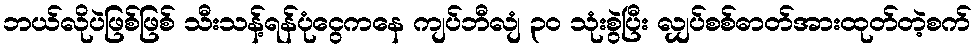
ဘယ်လိုပဲဖြစ်ဖြစ် သီးသန့်ရန်ပုံငွေကနေ ကျပ်ဘီလျံ ၃၀ သုံးစွဲပြီး လျှပ်စစ်ဓာတ်အားထုတ်တဲ့စက်